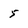
Character: 5